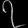
Digit: ၇